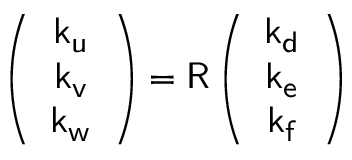
\left( \begin{array} { c } { \mathsf { k _ { u } } } \\ { \mathsf { k _ { v } } } \\ { \mathsf { k _ { w } } } \end{array} \right) = \mathsf { R } \left( \begin{array} { c } { \mathsf { k _ { d } } } \\ { \mathsf { k _ { e } } } \\ { \mathsf { k _ { f } } } \end{array} \right)